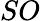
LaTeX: SO